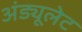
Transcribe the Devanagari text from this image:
अंड्यूलेट